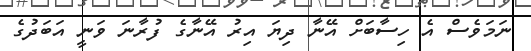
ނަމަވެސް އެ ހިސާބަށް އޭނާ ދިޔަ އިރު އޭނާގެ ފުރާނަ ވަނީ އަބަދުގެ